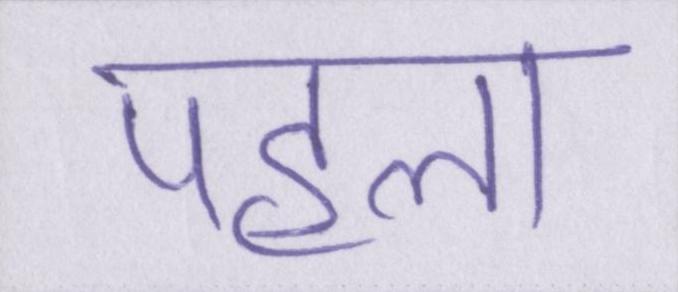
पहला